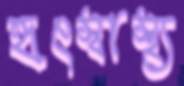
হৃৎস্বাস্থ্য